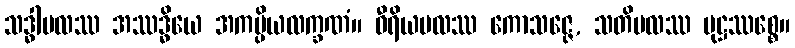
သဒ္ဓါဗလဿ အဿဒ္ဓိယေ အကမ္ပိယလက္ခဏံ။ ဝီရိယဗလဿ ကောသဇ္ဇေ, သတိဗလဿ မုဋ္ဌဿစ္စေ။